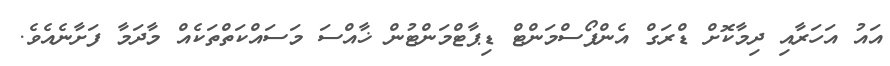
އައު އަހަރާއި ދިމާކޮށް ޑްރަގް އެންފޯސްމަންޓް ޑިޕާޓްމަންޓުން ޚާއްސަ މަސައްކަތްތަކެއް މާދަމާ ފަށާނެއެވެ.